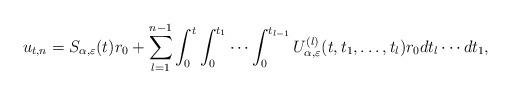
LaTeX: \begin{align*} u_{t,n} = S_{\alpha, \varepsilon} (t) r_0 + \sum_{l=1}^{n-1} \int_0^t\int_0^{t_1} \cdots \int_0^{t_{l-1}} U_{\alpha, \varepsilon}^{(l)} (t,t_1, \dots, t_l) r_0 d t_l \cdots dt_1,\end{align*}